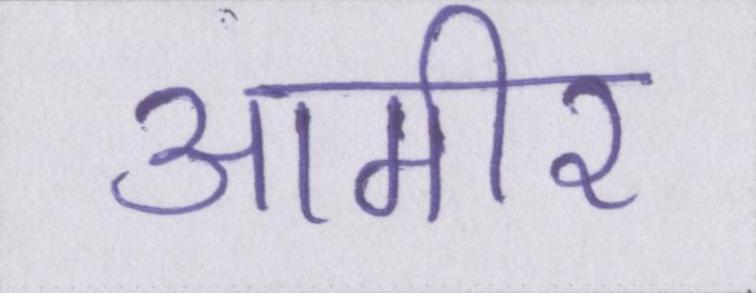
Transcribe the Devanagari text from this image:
आमीर